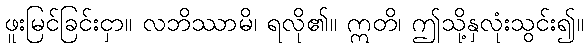
ဖူးမြင်ခြင်းငှာ။ လဘိဿာမိ၊ ရလို၏။ ဣတိ၊ ဤသို့နှလုံးသွင်း၍။